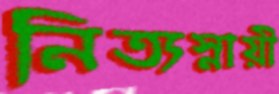
নিত্যস্নায়ী